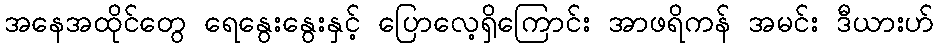
အနေအထိုင်တွေ ရေနွေးနွေးနှင့် ပြောလေ့ရှိကြောင်း အာဖရိကန် အမင်း ဒီယားဟ်